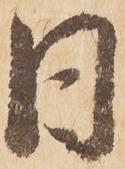
日